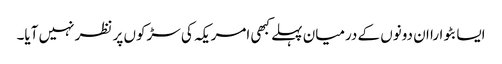
ایسا بٹوارا ان دونوں کے درمیان پہلے کبھی امریکہ کی سڑکوں پر نظر نہیں آیا۔